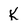
Character: k